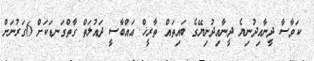
ކަވާސާ ދީނާއިދުނިޔެ ދީނާއިދުނިޔޭގެ ބައިތައް ތާރީޚް ޢައްބާސީ ދައުލަތް ގާތްގަނޑަކަށް 6ގަރުނަށް